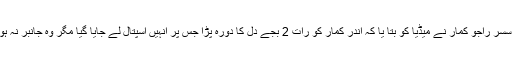
ان کے سسر راجو کمار نے میڈیا کو بتا یا کہ اندر کمار کو رات 2 بجے دل کا دورہ پڑا جس پر انہیں اسپتال لے جایا گیا مگر وہ جانبر نہ ہو سکے۔